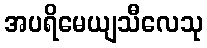
အပရိမေယျသီလေသု